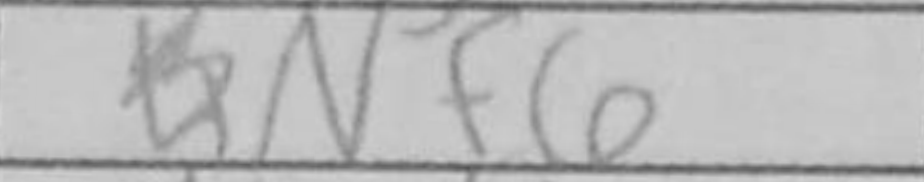
Transcription: Nf6